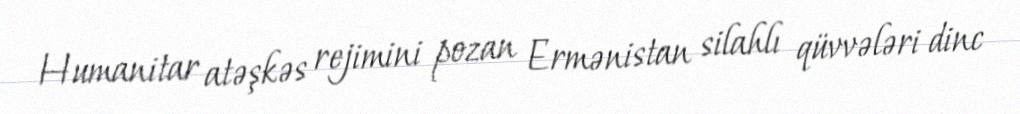
Humanitar atəşkəs rejimini pozan Ermənistan silahlı qüvvələri dinc